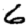
Digit: 6